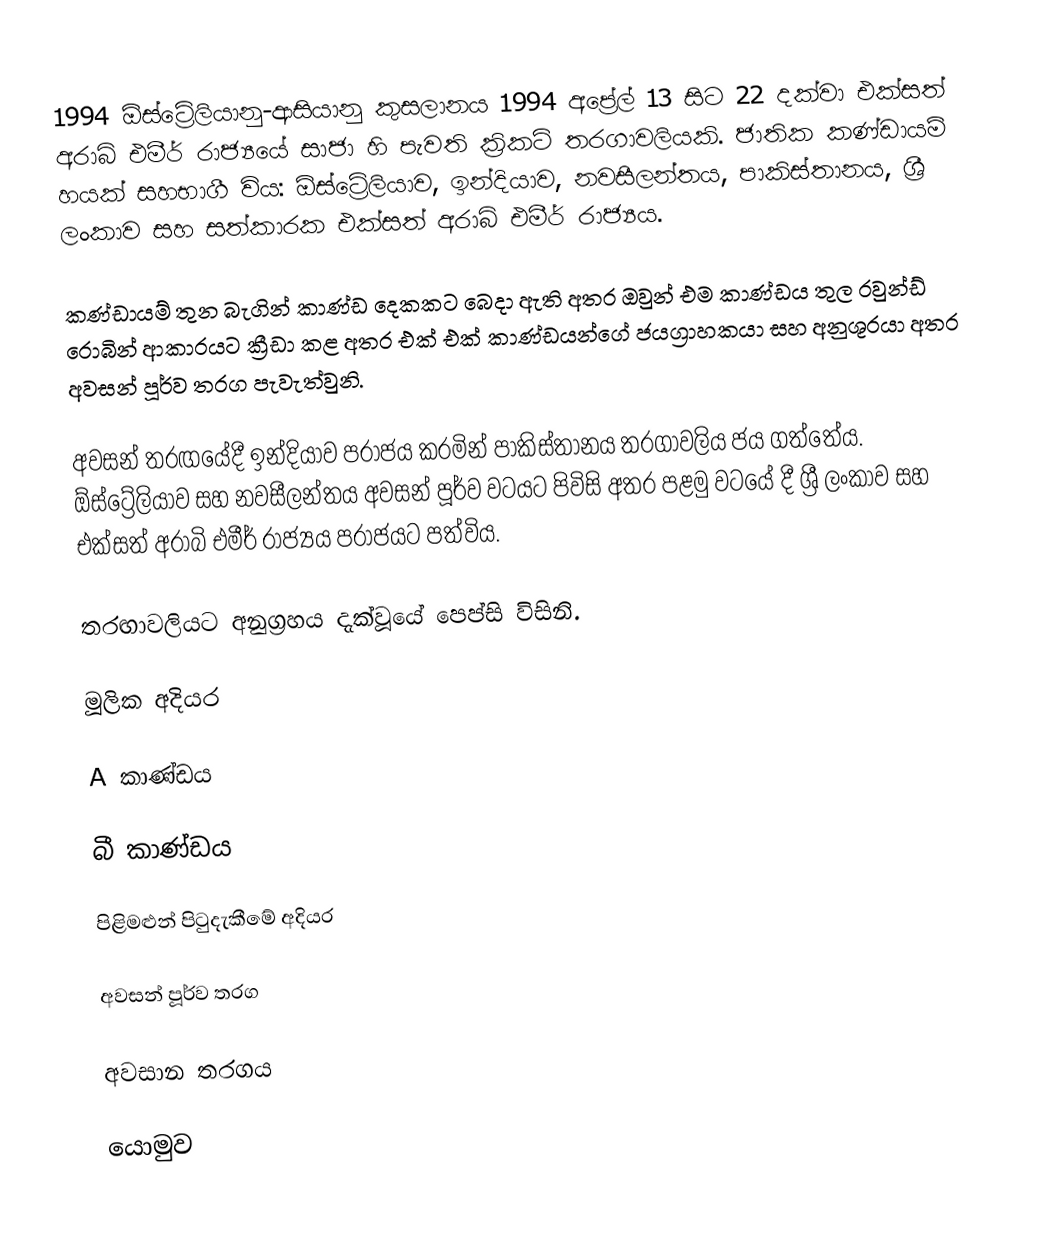
1994 ඕස්ට්‍රේලියානු-ආසියානු කුසලානය 1994 අප්‍රේල් 13 සිට 22 දක්වා එක්සත් අරාබි එමීර් රාජ්‍යයේ සාජා හි පැවති ක්‍රිකට් තරගාවලියකි. ජාතික කණ්ඩායම් හයක් සහභාගී විය: ඕස්ට්‍රේලියාව, ඉන්දියාව, නවසීලන්තය, පාකිස්තානය, ශ්‍රී ලංකාව සහ සත්කාරක එක්සත් අරාබි එමීර් රාජ්‍යය.

කණ්ඩායම් තුන බැගින් කාණ්ඩ දෙකකට බෙදා ඇති අතර ඔවුන් එම කාණ්ඩය තුල රවුන්ඩ් රොබින් ආකාරයට ක්‍රීඩා කළ අතර එක් එක් කාණ්ඩයන්ගේ ජයග්‍රාහකයා සහ අනුශූරයා අතර අවසන් පූර්ව තරග පැවැත්වුනි.

අවසන් තරඟයේදී ඉන්දියාව පරාජය කරමින් පාකිස්තානය තරගාවලිය ජය ගත්තේය. ඕස්ට්‍රේලියාව සහ නවසීලන්තය අවසන් පූර්ව වටයට පිවිසි අතර පළමු වටයේ දී ශ්‍රී ලංකාව සහ එක්සත් අරාබි එමීර් රාජ්‍යය පරාජයට පත්විය.

තරඟාවලියට අනුග්‍රහය දැක්වූයේ පෙප්සි විසිනි.

මූලික අදියර

A කාණ්ඩය

බී කාණ්ඩය

පිළිමළුන් පිටුදැකීමේ අදියර

අවසන් පූර්ව තරග

අවසාන තරගය

යොමුව